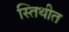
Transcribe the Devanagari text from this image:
स्तिथीत